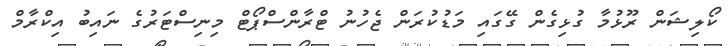
ކޯލިޝަން ރޫޅުމާ ގުޅިގެން ގޭގައި މަޑުކުރަން ޖެހުނު ޓްރާންސްޕޯޓް މިނިސްޓަރުގެ ނައިބު އިކްރާމް